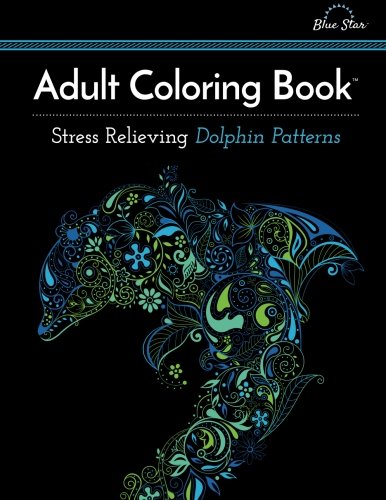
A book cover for Adult Coloring Book: Stress Relieving Dolphin Patterns; Blue Star Coloring; Arts & Photography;